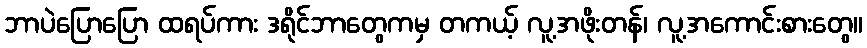
ဘာပဲပြောပြော ထရပ်ကား ဒရိုင်ဘာတွေကမှ တကယ့် လူ့အဖိုးတန်၊ လူ့အကောင်းစားတွေ။